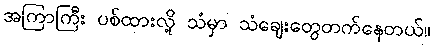
အကြာကြီး ပစ်ထားလို့ သံမှာ သံချေးတွေတက်နေတယ်။